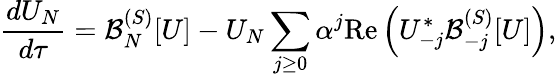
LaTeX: \frac{dU_{N}}{d\tau}=\mathcal{B}_{N}^{(S)}[U]-U_{N}\sum_{j\ge 0}\alpha^{j}\mathrm{Re}\left(U_{-j}^{*}\mathcal{B}_{-j}^{(S)}[U]\right),